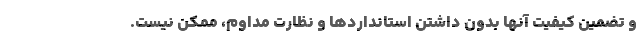
و تضمین کیفیت آنها بدون داشتن استانداردها و نظارت مداوم، ممکن نیست.